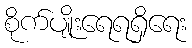
စိုက်ပျိုးရေရရှိရေး